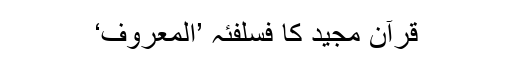
قرآن مجید کا فسلفئہ ’المعروف‘